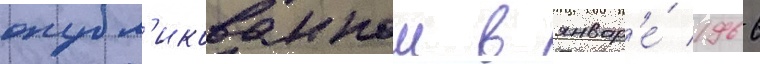
опубл'икованнои в январ'е́ 1966